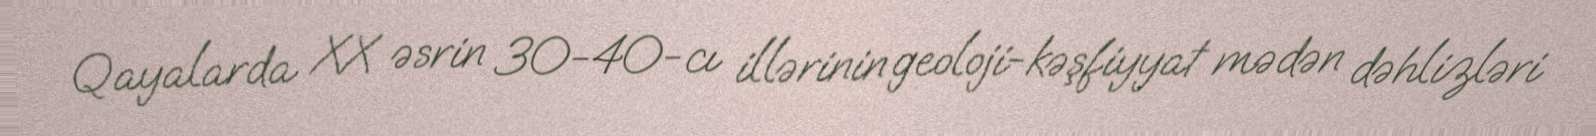
Qayalarda XX əsrin 30-40-cı illərinin geoloji-kəşfiyyat mədən dəhlizləri